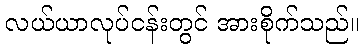
လယ်ယာလုပ်ငန်းတွင် အားစိုက်သည်။